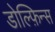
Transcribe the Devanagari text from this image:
डोल्फ़िन्स